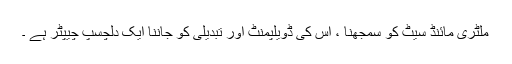
ملٹری مائنڈ سیٹ کو سمجھنا ، اس کی ڈویلپمنٹ اور تبدیلی کو جاننا ایک دلچسپ چیپٹر ہے ۔